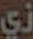
زي